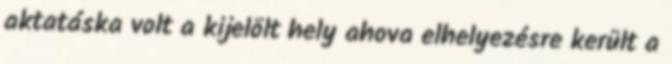
aktatáska volt a kijelölt hely ahova elhelyezésre került a